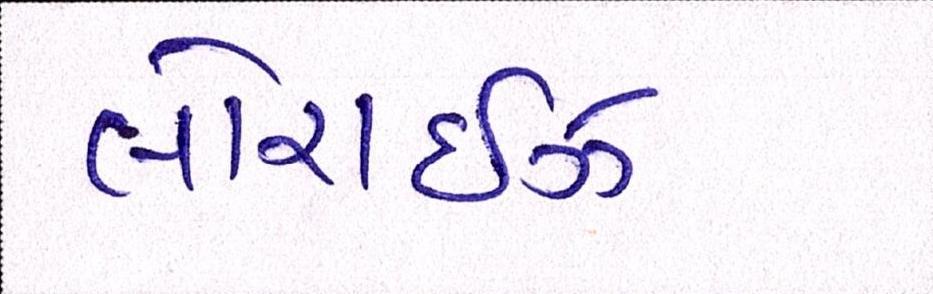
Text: લોરાઈઝ